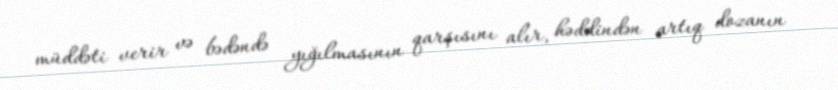
müddəti verir və bədəndə yığılmasının qarşısını alır, həddindən artıq dozanın